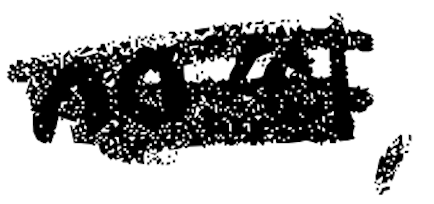
Text: novel,
Cross-out: scratch
Writing tool: digital_black